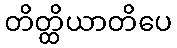
တိတ္ထိယာတိပေ